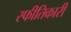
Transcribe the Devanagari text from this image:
स्फीतिकारी